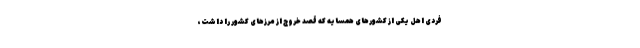
فردی اهل یکی از کشورهای همسایه که قصد خروج از مرزهای کشور را داشت،